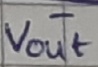
Text: -Vout